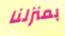
بمنزلنا